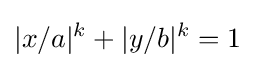
|x/a|^{k}+|y/b|^{k}=1